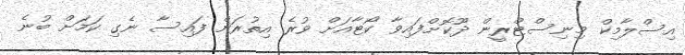
އިސްލާމިކް މިނިސްޓްރީން ދޫކޮށްފައިވާ ކޯޓާއަށް ވުރެ އިތުރަށް ފައިސާ ނެގި ކަމަށް ބުނެ